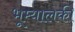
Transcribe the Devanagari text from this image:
भूम्यालकी